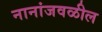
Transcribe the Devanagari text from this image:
नानांजवळील